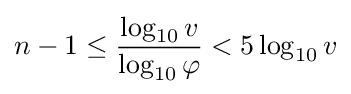
n-1\leq {\frac {\log _{10}v}{\log _{10}\varphi }}<5\log _{10}v